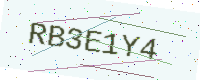
Text: RB3E1Y4